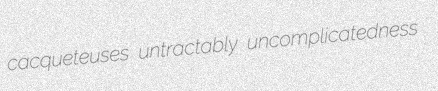
cacqueteuses untractably uncomplicatedness